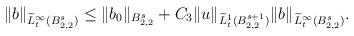
LaTeX: \begin{align*}\|b\|_{\widetilde{L}^{\infty}_t({B}^s_{2,2})}\leq \|b_0\|_{{B}^s_{2,2}}+C_3\|u\|_{\widetilde{L}^{1}_t(B^{s+1}_{2,2})}\|b\|_{\widetilde{L}^{\infty}_t(B^s_{2,2})}.\end{align*}